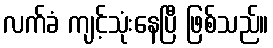
လက်ခံ ကျင့်သုံးနေပြီ ဖြစ်သည်။